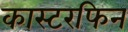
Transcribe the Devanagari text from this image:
कास्टरफिन